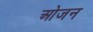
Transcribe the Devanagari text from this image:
ओजन